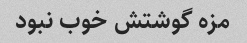
مزه گوشتش خوب نبود